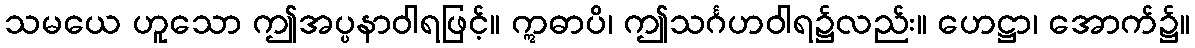
သမယေ ဟူသော ဤအပ္ပနာဝါရဖြင့်။ ဣဓာပိ၊ ဤသင်္ဂဟဝါရ၌လည်း။ ဟေဋ္ဌာ၊ အောက်၌။